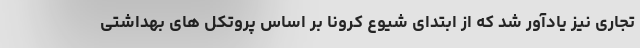
تجاری نیز یادآور شد که از ابتدای شیوع کرونا بر اساس پروتکل های بهداشتی